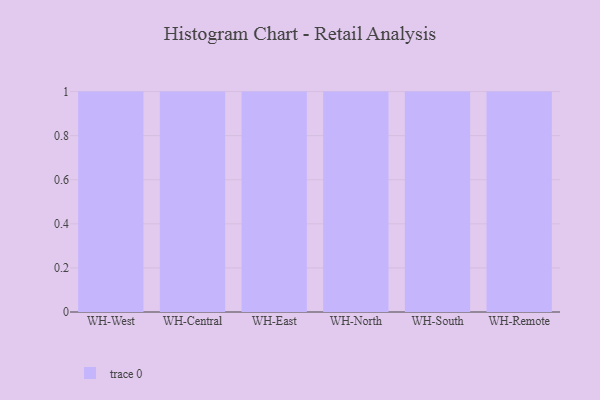
{"axis": {"x": "Warehouse", "y": "Shipments"}, "legend": [""], "data": [{"x": "WH-West", "y": 52, "type": ""}, {"x": "WH-Central", "y": 12, "type": ""}, {"x": "WH-East", "y": 58, "type": ""}, {"x": "WH-North", "y": 76, "type": ""}, {"x": "WH-South", "y": 96, "type": ""}, {"x": "WH-Remote", "y": 30, "type": ""}]}